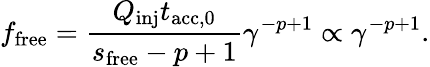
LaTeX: f_{\mathrm{free}}=\frac{Q_{\mathrm{inj}}t_{\mathrm{acc,0}}}{s_{\mathrm{free}}-p+1}\gamma^{-p+1}\propto\gamma^{-p+1}.